Indian Medical Review
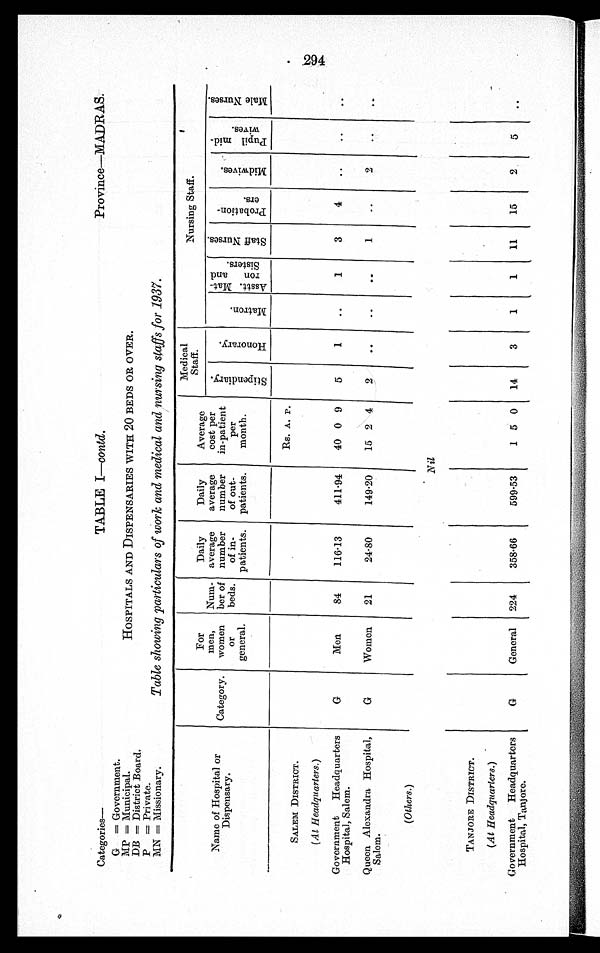
Categories—
TABLE I—contd.
Province—MADRAS.
G = Government.
HOSPITALS AND DISPENSARIES WITH 20 BEDS OR OVER.
MP = Municipal.
DB = District Board.
P= Private.
Table showing particulars of work and medical and nursing staffs for 1937.
MN = Missionary.
Name of Hospital or
Dispensary.
Category.
For
men,
women
or
general.
Num-
ber of
beds.
Daily
average
number
of in-
patients.
Daily
average
number
of out-
patients.
Average
cost per
in-patient
per
month.
Medical
.
Staff.
Nursing Staff.
S t i p e n d i a r y .
Ho n o r a r y .
Ma t r on.
Asst. Mat-
ron and
Sisters.
S t a f f N u r s e s .
P r o b a t i o n -
ers
Mi dwi ves.
P u p i l mi d -
wi vew
Ma l e Nu r s e s .
Rs. A. P.
SALEM DISTRICT.
(At Headquarters.)
Government Headquarters
Hospital, Salem.
G
Men
84
116.13
411.94
40 0 9
5
1
..
1
3
4
..
..
..
Queen Alexandra Hospital,
Salem.
G
Women
21
24·80
149.20
15 2 4
2
. .
..
. .
1
..
2
..
..
(Others.)
Nil
TANJORE DISTRICT.
(At Headquarters.)
Government Headquarters
Hospital, Tanjore.
G
General 224
358.66
599.53
1 5 0
14
3
1
1
11
15
2
5
..